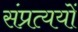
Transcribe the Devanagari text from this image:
संप्रत्ययों